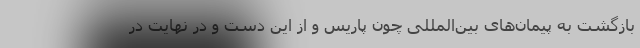
بازگشت به پیمان‌های بین‌المللی چون پاریس و از این دست و در نهایت در